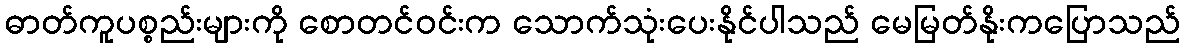
ဓာတ်ကူပစ္စည်းများကို စောတင်ဝင်းက သောက်သုံးပေးနိုင်ပါသည် မေမြတ်နိုးကပြောသည်